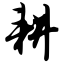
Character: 耕